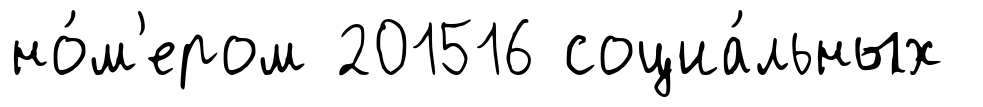
но́м'ером 201516 социа́льных